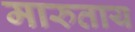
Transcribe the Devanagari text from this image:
मारुताय